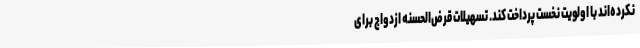
نکرده‌اند با اولویت نخست پرداخت کند. تسهیلات قرض‌الحسنه ازدواج برای